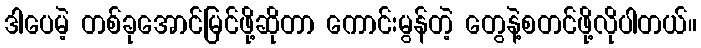
ဒါပေမဲ့ တစ်ခုအောင်မြင်ဖို့ဆိုတာ ကောင်းမွန်တဲ့ တွေနဲ့စတင်ဖို့လိုပါတယ်။